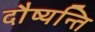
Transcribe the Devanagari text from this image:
दौष्यन्ति